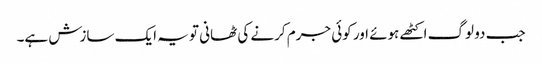
جب دو لوگ اکٹھے ہوئے اور کوئی جرم کرنے کی ٹھانی تو یہ ایک سازش ہے۔